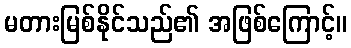
မတားမြစ်နိုင်သည်၏ အဖြစ်ကြောင့်။